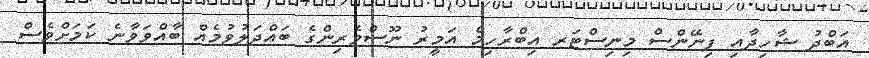
އަބްދު ޝާހިދާއި ފިނޭންސް މިނިސްޓަރ އިބްރާހިމް އަމީރު ނޫސްވެރިންގެ ބައްދަލުވުމެއް ބާއްވަވާނެ ކަމަށްވެސް